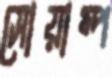
সোয়াম্প